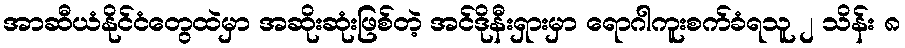
အာဆီယံနိုင်ငံတွေထဲမှာ အဆိုးဆုံးဖြစ်တဲ့ အင်ဒိုနီးရှားမှာ ရောဂါကူးစက်ခံရသူ ၂ သိန်း ၈